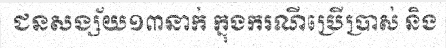
ជនសង្ស័យ១៣នាក់ ក្នុងករណីប្រើប្រាស់ និង